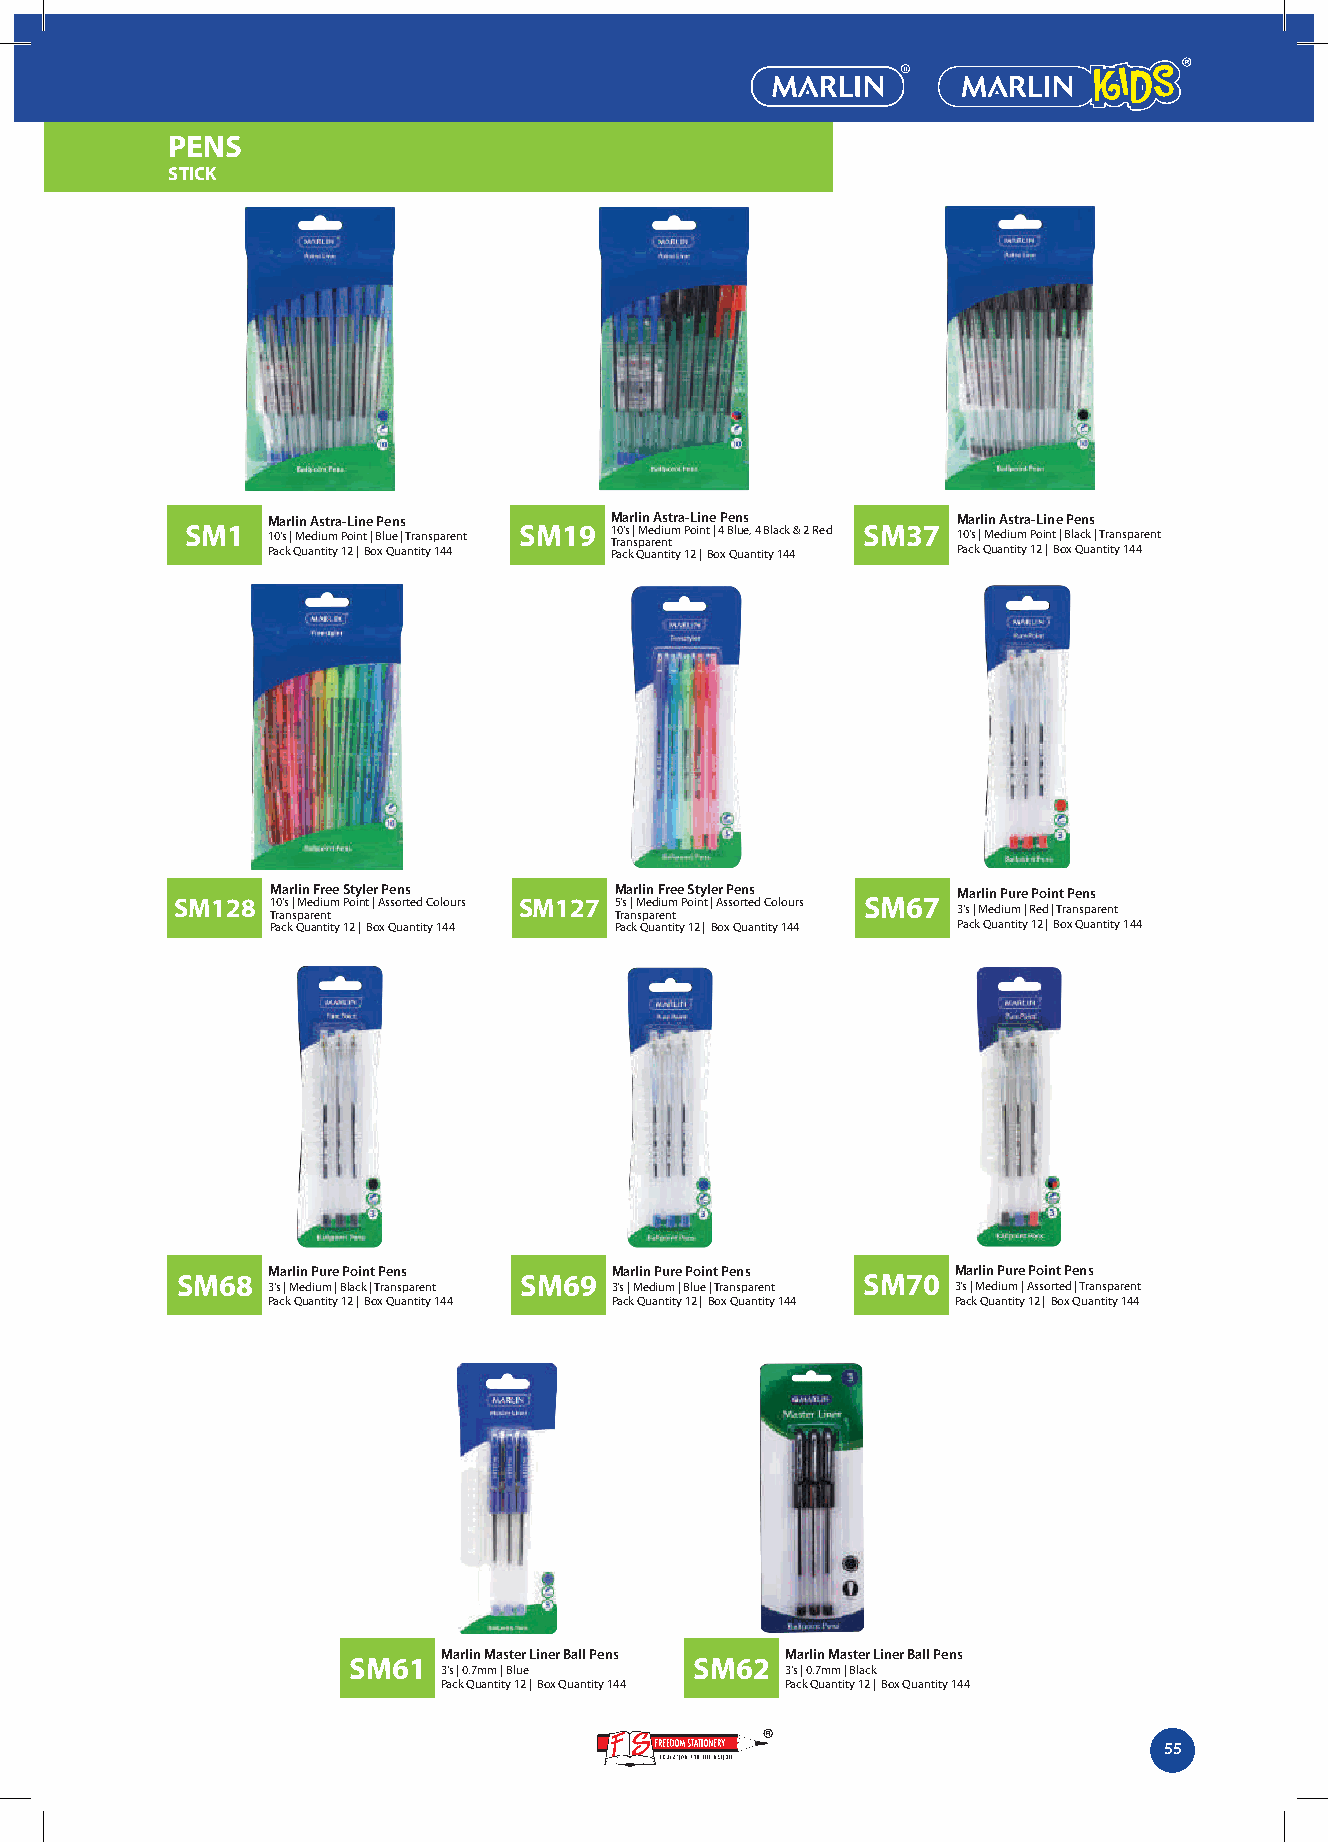
PENS
 STICK
 Marlin Astra-Line Pens Marlin Astra-Line Pens Marlin Astra-Line Pens
 SM1   10's | Medium Point | Blue | Transparent SM19 1 Tr0 a's n s| pM ae red niu tm Point | 4 Blue, 4 Black & 2 Red SM37 10's | Medium Point | Black | Transparent
 Pack Quantity 12 | Box Quantity 144 Pack Quantity 12 | Box Quantity 144 Pack Quantity 12 | Box Quantity 144
 Marlin Free Styler Pens Marlin Free Styler Pens Marlin Pure Point Pens
 SM128 10's | Medium Point | Assorted Colours SM127 5's | Medium Point | Assorted Colours SM67
 Transparent            Transparent           3's | Medium | Red | Transparent
 Pack Quantity 12 | Box Quantity 144 Pack Quantity 12 | Box Quantity 144 Pack Quantity 12 | Box Quantity 144
 Marlin Pure Point Pens Marlin Pure Point Pens Marlin Pure Point Pens
 SM68                  SM69                   SM70
 3's | Medium | Black | Transparent 3's | Medium | Blue | Transparent 3's | Medium | Assorted | Transparent
 Pack Quantity 12 | Box Quantity 144 Pack Quantity 12 | Box Quantity 144 Pack Quantity 12 | Box Quantity 144
 Marlin Master Liner Ball Pens Marlin Master Liner Ball Pens
 SM61                   SM62
 3's | 0.7mm | Blue     3's | 0.7mm | Black
 Pack Quantity 12 | Box Quantity 144 Pack Quantity 12 | Box Quantity 144
 55